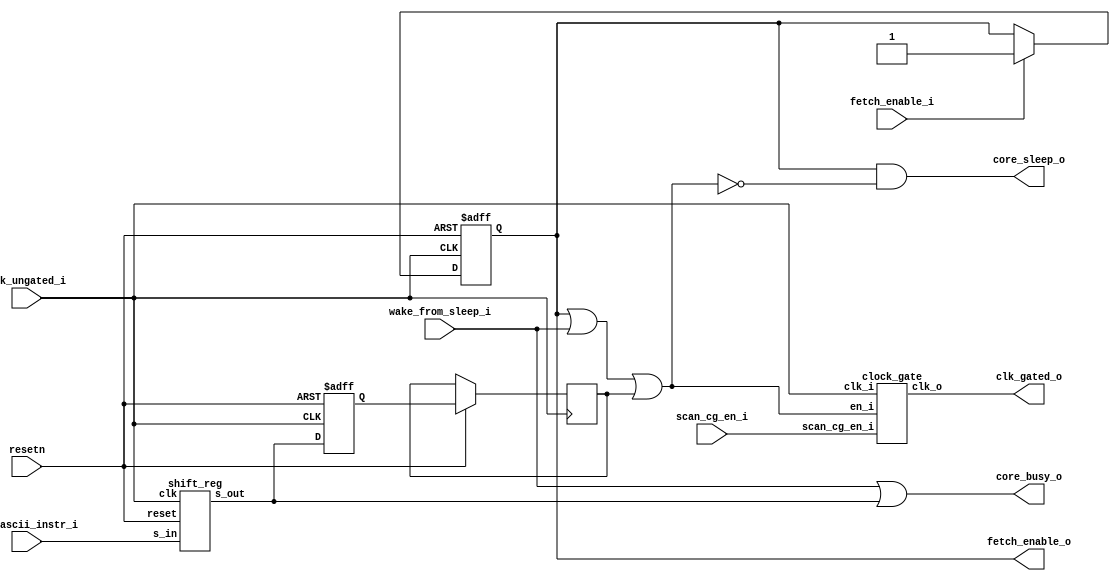
module sleep_unit (
        clk_ungated_i,
        resetn,
        clk_gated_o,
        scan_cg_en_i,
        core_sleep_o,
        fetch_enable_i,
        fetch_enable_o,
	//mul_busy_i,
	//fast_mul_busy_i,
	//div_busy_i,
	//axi_busy_i,
	//adaptor_busy_i,
        /*if_busy_i,
        ctrl_busy_i,
        lsu_busy_i,
        apu_busy_i,
        pulp_clock_en_i,
        p_elw_start_i,
        p_elw_finish_i,
        debug_p_elw_no_sleep_i, */
        new_ascii_instr_i,
        core_busy_o,
        wake_from_sleep_i
);
        parameter PULP_CLUSTER = 0;
        input wire clk_ungated_i;
        input wire resetn;
        output wire clk_gated_o;
        input wire scan_cg_en_i;
        output wire core_sleep_o;
        input wire fetch_enable_i;
        output wire fetch_enable_o;
	//input wire mul_busy_i;
        //input wire fast_mul_busy_i;
        //input wire div_busy_i;
        //input wire axi_busy_i;
        //input wire adaptor_busy_i;
        /*input wire if_busy_i;
        input wire ctrl_busy_i;
        input wire lsu_busy_i;
        input wire apu_busy_i;
        input wire pulp_clock_en_i;
        input wire p_elw_start_i;
        input wire p_elw_finish_i;
        input wire debug_p_elw_no_sleep_i; */
        output wire core_busy_o;
        input wire new_ascii_instr_i;
        input wire wake_from_sleep_i;

        reg fetch_enable_q;
	reg new_ascii_instr_q;
	reg new_ascii_instr_q2;
	reg new_ascii_instr_q3;
	reg new_ascii_instr_q4;
	reg new_ascii_instr_q5;
	reg new_ascii_instr_q6;
	reg new_ascii_instr_q7;
	reg new_ascii_instr_q8;
	reg new_ascii_instr_q9;
	reg new_ascii_instr_q10;
	reg new_ascii_instr_q11;
	reg new_ascii_instr_q12;
	reg new_ascii_instr_q13;
	wire fetch_enable_d;
        reg core_busy_q1;
	reg core_busy_q2;
        wire core_busy_d;
        //reg p_elw_busy_q;
        //wire p_elw_busy_d;
        wire clock_en;
        assign fetch_enable_d = (fetch_enable_i ? 1'b1 : fetch_enable_q);
        generate
                if (PULP_CLUSTER) begin : g_pulp_sleep
                        assign core_busy_d = (p_elw_busy_d ? if_busy_i || apu_busy_i : 1'b1);
                        assign clock_en = fetch_enable_q && (pulp_clock_en_i || core_busy_q);
                        assign core_sleep_o = (p_elw_busy_d && !core_busy_q) && !debug_p_elw_no_sleep_i;
                        assign p_elw_busy_d = (p_elw_start_i ? 1'b1 : (p_elw_finish_i ? 1'b0 : p_elw_busy_q));
                end
                else begin : g_no_pulp_sleep
                        //assign core_busy_d = ((mul_busy_i || fast_mul_busy_i) || div_busy_i) ;
			//assign core_busy_d = new_ascii_instr_q13 || wake_from_sleep_i;
                        //assign clock_en = fetch_enable_q && (wake_from_sleep_i || core_busy_q);
                        assign clock_en = fetch_enable_q || wake_from_sleep_i || core_busy_q2 ;
			//assign clock_en = fetch_enable_q || core_busy_q ;
			assign core_sleep_o = fetch_enable_q && !clock_en;
                        //assign p_elw_busy_d = 1'b0;
			assign core_busy_o = wake_from_sleep_i || core_busy_d;
                end
        endgenerate
        always @(posedge clk_ungated_i or negedge resetn)
                if (resetn == 1'b0) begin
                        core_busy_q1 <= 1'b0;
                        //p_elw_busy_q <= 1'b0;
                        fetch_enable_q <= 1'b0;
                end
                else begin
                        core_busy_q1 <= core_busy_d;
			core_busy_q2 <= core_busy_q1;
                        //p_elw_busy_q <= p_elw_busy_d;
		       fetch_enable_q <= fetch_enable_d;
		       //new_ascii_instr_q <= new_ascii_instr_i;
		       //new_ascii_instr_q2 <= new_ascii_instr_q;
		       //new_ascii_instr_q3 <= new_ascii_instr_q2;
		       //new_ascii_instr_q4 <= new_ascii_instr_q3;
		       //new_ascii_instr_q5 <= new_ascii_instr_q4;
		       //new_ascii_instr_q6 <= new_ascii_instr_q5;
		       //new_ascii_instr_q7 <= new_ascii_instr_q6;
		       //new_ascii_instr_q8 <= new_ascii_instr_q7;
		       //new_ascii_instr_q9 <= new_ascii_instr_q8;
		       //new_ascii_instr_q10 <= new_ascii_instr_q9;
		       //new_ascii_instr_q11 <= new_ascii_instr_q10;
		       //new_ascii_instr_q12 <= new_ascii_instr_q11;
		       //new_ascii_instr_q13 <= new_ascii_instr_q12;
                end
        assign fetch_enable_o = fetch_enable_q;
        clock_gate core_clock_gate_i(
                .clk_i(clk_ungated_i),
                .en_i(clock_en),
                .scan_cg_en_i(scan_cg_en_i),
                .clk_o(clk_gated_o)
        );

	shift_reg inst_shift_reg(
		.clk	(clk_ungated_i),
		.reset	(resetn),
		.s_in	(new_ascii_instr_i),
		.s_out 	(core_busy_d)

	);
endmodule

module clock_gate(clk_o, clk_i, en_i,scan_cg_en_i);
  // Clock gating latch triggered on the rising clki edge
  input  clk_i;
  input  en_i;
  input  scan_cg_en_i;
  output clk_o;

  reg enabled;
  always @ (clk_i, en_i) begin
    if (!clk_i) begin
      enabled = en_i | scan_cg_en_i;
    end
  end

  assign clk_o = enabled & clk_i;
endmodule

module shift_reg
   #(parameter N=38)
   (
    input wire clk, reset,
    input wire s_in,
    output wire s_out
   );

   reg [N-1:0] r_reg;
   wire [N-1:0] r_next;


   always @(posedge clk, negedge reset)
   begin
      if (~reset)
         r_reg <= 0;
      else
         r_reg <= r_next;
	end

	assign r_next = {s_in, r_reg[N-1:1]};
	assign s_out = r_reg[0];


endmodule